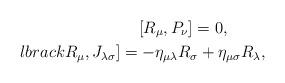
LaTeX: \begin{align*}\lbrack R_\mu ,P_\nu \rbrack = 0 , \qquad \ \\lbrack R_\mu ,J_{\lambda \sigma } \rbrack =- \eta _{\mu \lambda} R_\sigma + \eta _{\mu \sigma} R_\lambda ,\end{align*}